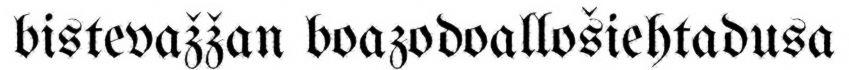
bistevažžan boazodoallošiehtadusa